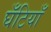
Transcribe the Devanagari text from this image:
घँटियाँ